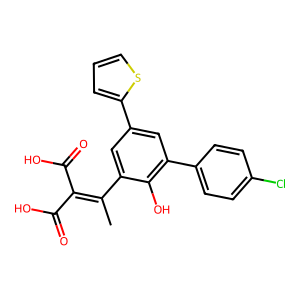
SMILES: CC(=C(C(=O)O)C(=O)O)c1cc(-c2cccs2)cc(-c2ccc(Cl)cc2)c1O
Inhibits HIV replication: No